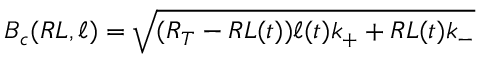
B _ { c } ( R L , \ell ) = \sqrt { ( R _ { T } - R L ( t ) ) \ell ( t ) k _ { + } + R L ( t ) k _ { - } }